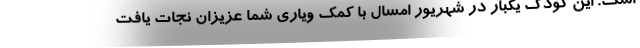
است. این کودک یکبار در شهریور امسال با کمک ویاری شما عزیزان نجات یافت